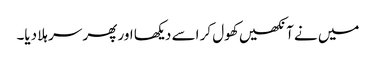
میں نے آنکھیں کھول کر اسے دیکھا اور پھر سر ہلا دیا۔